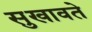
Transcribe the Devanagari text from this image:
सुखावते